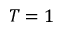
T = 1